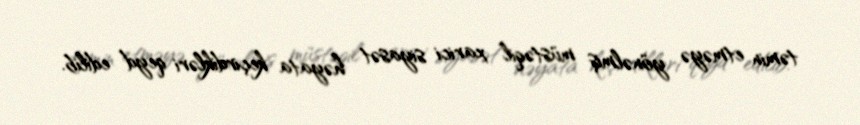
təmin etməyə yönəlmiş müstəqil xarici siyasət həyata keçirdikləri qeyd edilib.